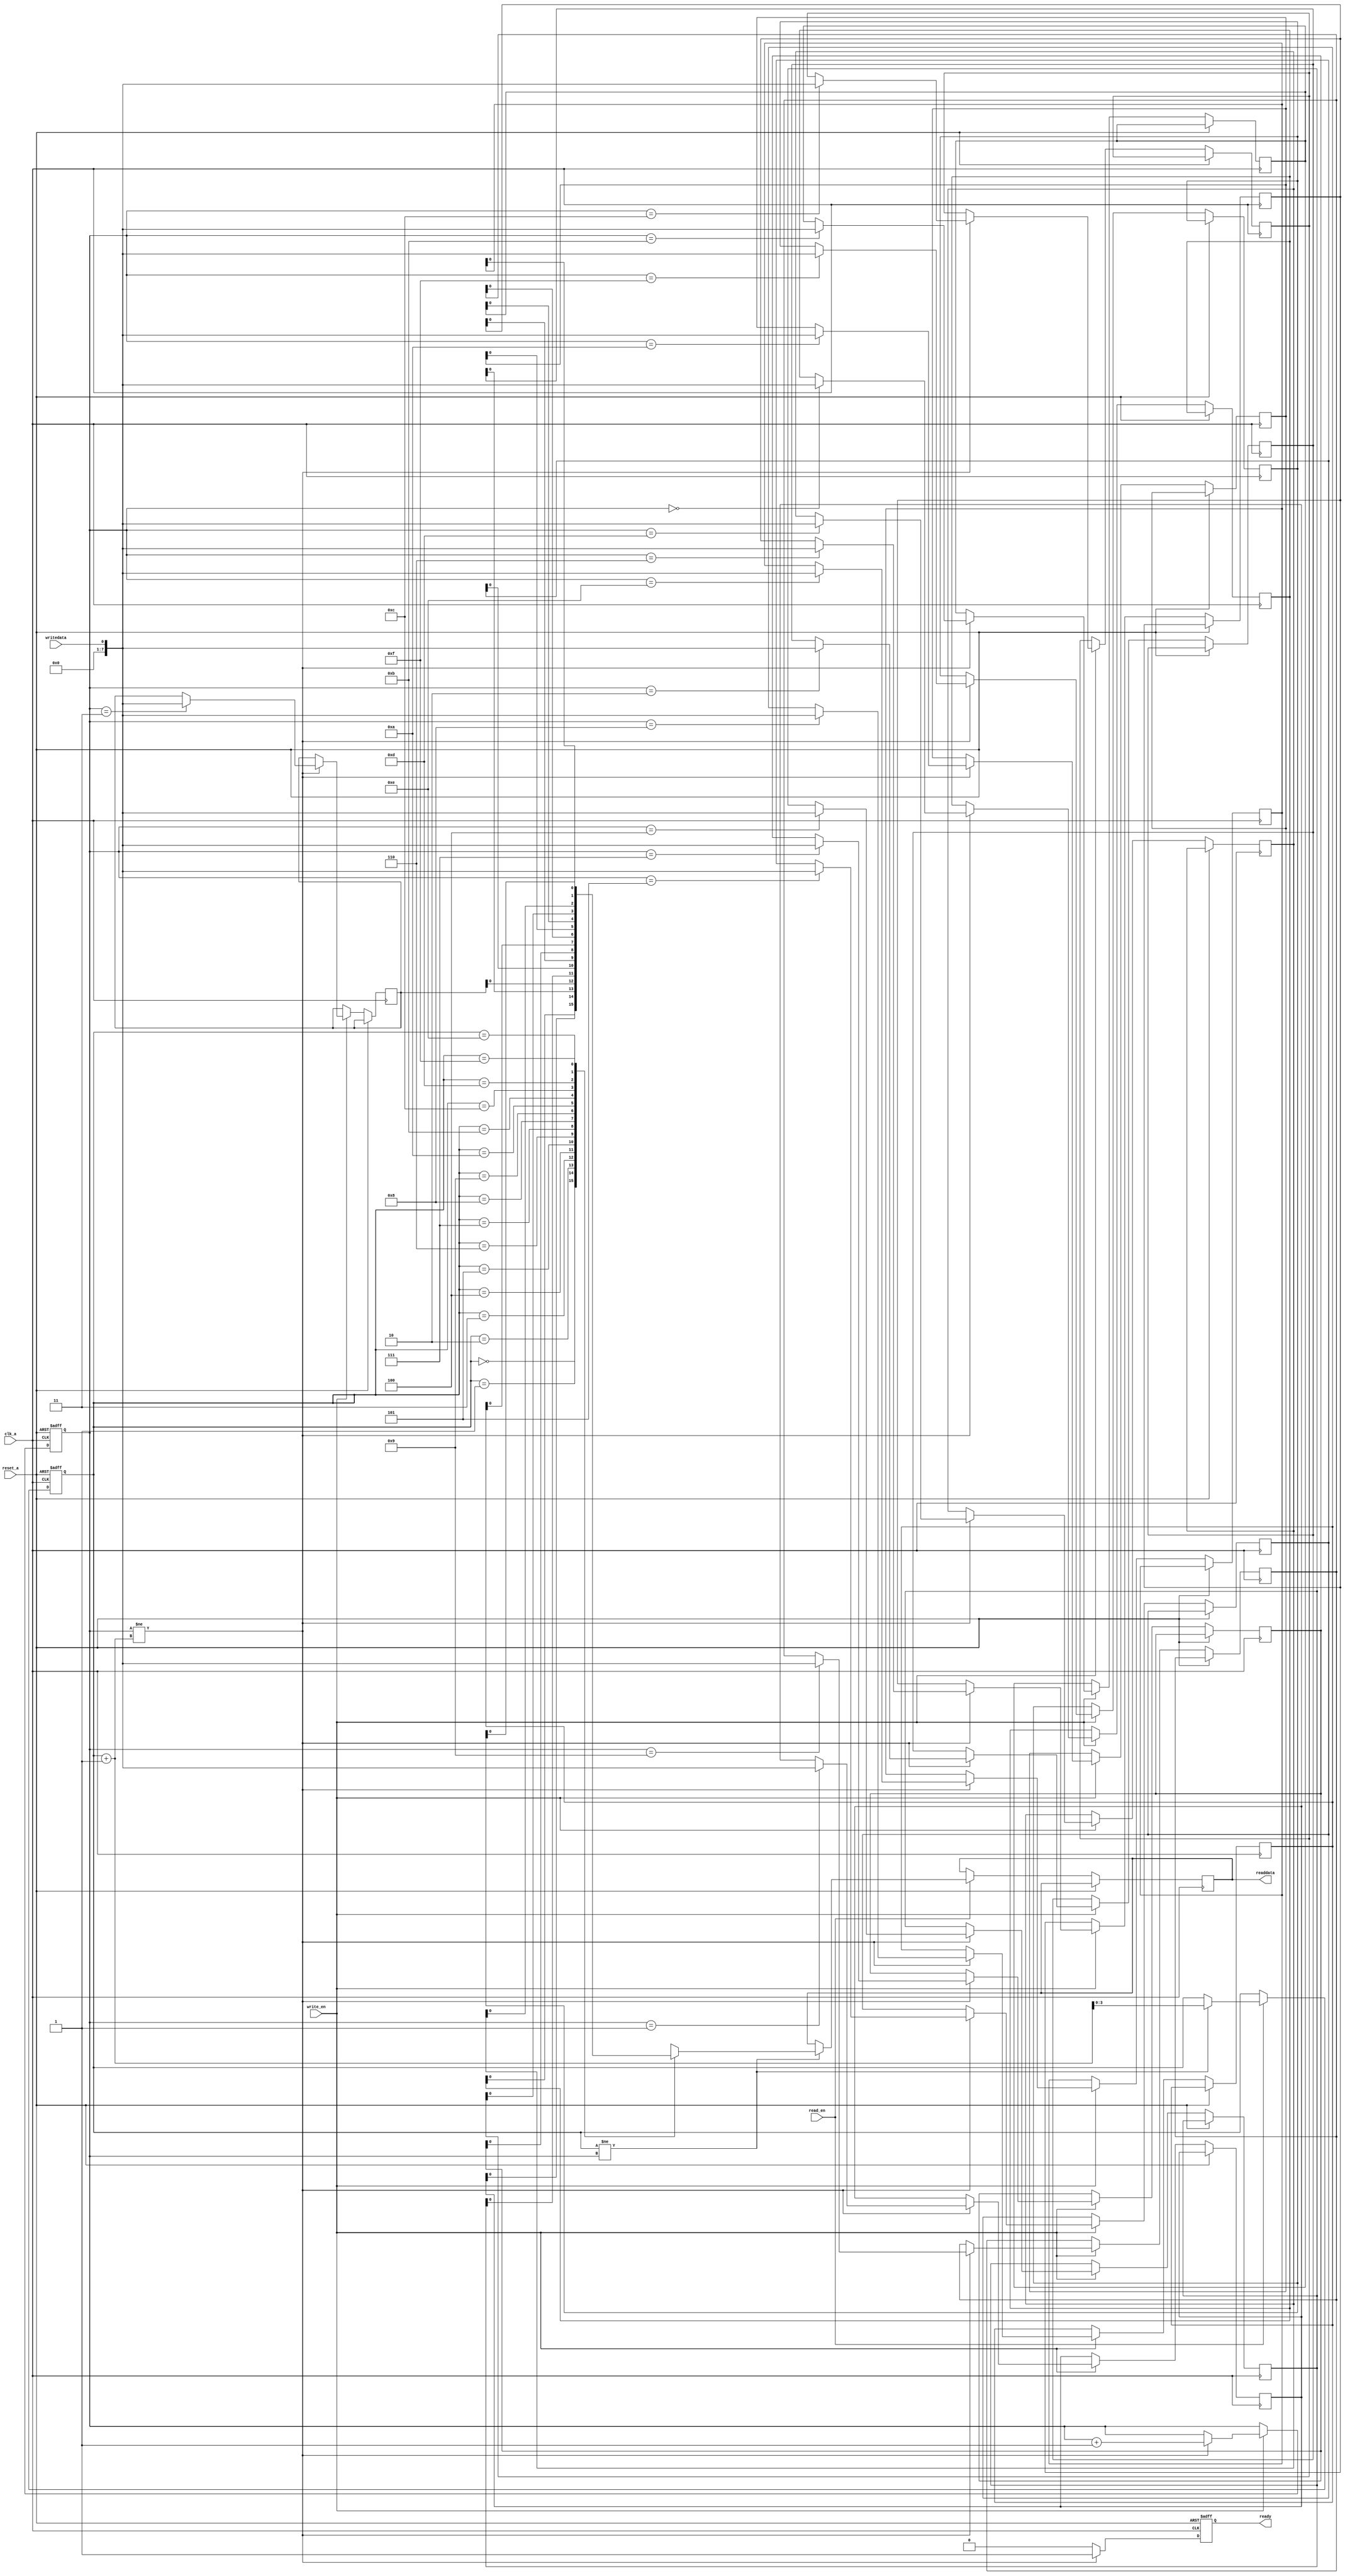
module async_fifo_synchronizer (
    input wire clk_a, // Clock signal for domain A
    input wire reset_a, // Reset signal for domain A
    input wire writedata, // Data to be written to FIFO
    input wire write_en, // Write enable signal
    output reg readdata, // Data read from FIFO
    input wire read_en, // Read enable signal
    output reg ready // Ready signal to indicate that data is available for reading
);

reg [7:0] fifo [0:15]; // FIFO buffer with depth of 16 entries
reg [3:0] read_ptr; // Read pointer
reg [3:0] write_ptr; // Write pointer

always @(posedge clk_a or posedge reset_a) begin
    if (reset_a) begin
        read_ptr <= 4'b0000;
        write_ptr <= 4'b0000;
        ready <= 1'b0;
    end else begin
        if (write_en) begin
            if (write_ptr != read_ptr + 1) begin
                fifo[write_ptr] <= writedata;
                write_ptr <= write_ptr + 1;
            end
        end
        
        if (read_en) begin
            if (read_ptr != write_ptr) begin
                readdata <= fifo[read_ptr];
                read_ptr <= read_ptr + 1;
            end
        end
        
        if (write_ptr != read_ptr + 1) begin
            ready <= 1'b1; // FIFO not full
        end else begin
            ready <= 1'b0; // FIFO full
        end
    end
end

endmodule